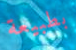
بطبيعة